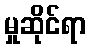
မှုဆိုင်ရာ